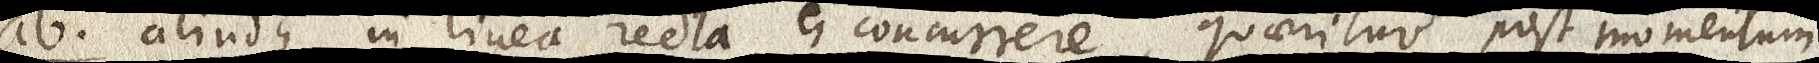
ab. aliudque in linea recta ei concurrere, quaeritur post momentum